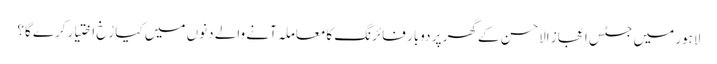
لاہور میں جسٹس اعجاز الاحسن کے گھر پر دوبار فائرنگ کامعاملہ آنے والے دنوں میں کیا رُخ اختیارکرے گا؟